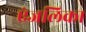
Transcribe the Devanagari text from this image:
एंजलिका